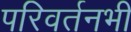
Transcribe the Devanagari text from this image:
परिवर्तनभी